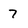
Character: 7